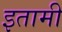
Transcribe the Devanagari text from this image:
इतामी